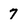
Character: 7